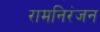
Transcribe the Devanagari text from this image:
रामनिरंजन